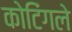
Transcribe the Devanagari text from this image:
कोटिंगले